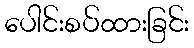
ပေါင်းစပ်ထားခြင်း